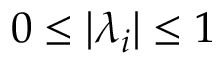
0 \leq | \lambda _ { i } | \leq 1